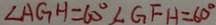
\angle A G H = 6 0 ^ { \circ } \angle G F H = 6 0 ^ { \circ }